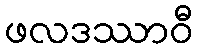
ဖလဒဿာဝီ